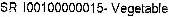
SR I00100000015- VEGETABLE